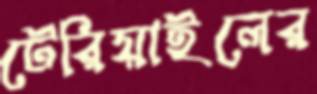
টেরিয়াইলের